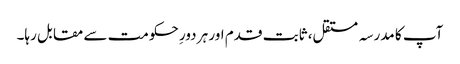
آپ کا مدرسہ مستقل، ثابت قدم اور ہر دورِ حکومت سے مقابل رہا۔